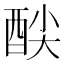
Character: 𮠦